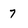
Character: 7